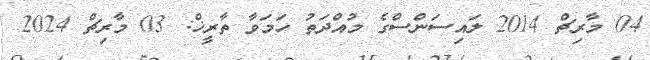
04 މާރިޗް 2014 ލައިސަންސްގެ މުއްދަތު ހަމަވާ ތާރީޚް: 03 މާރިޗް 2024